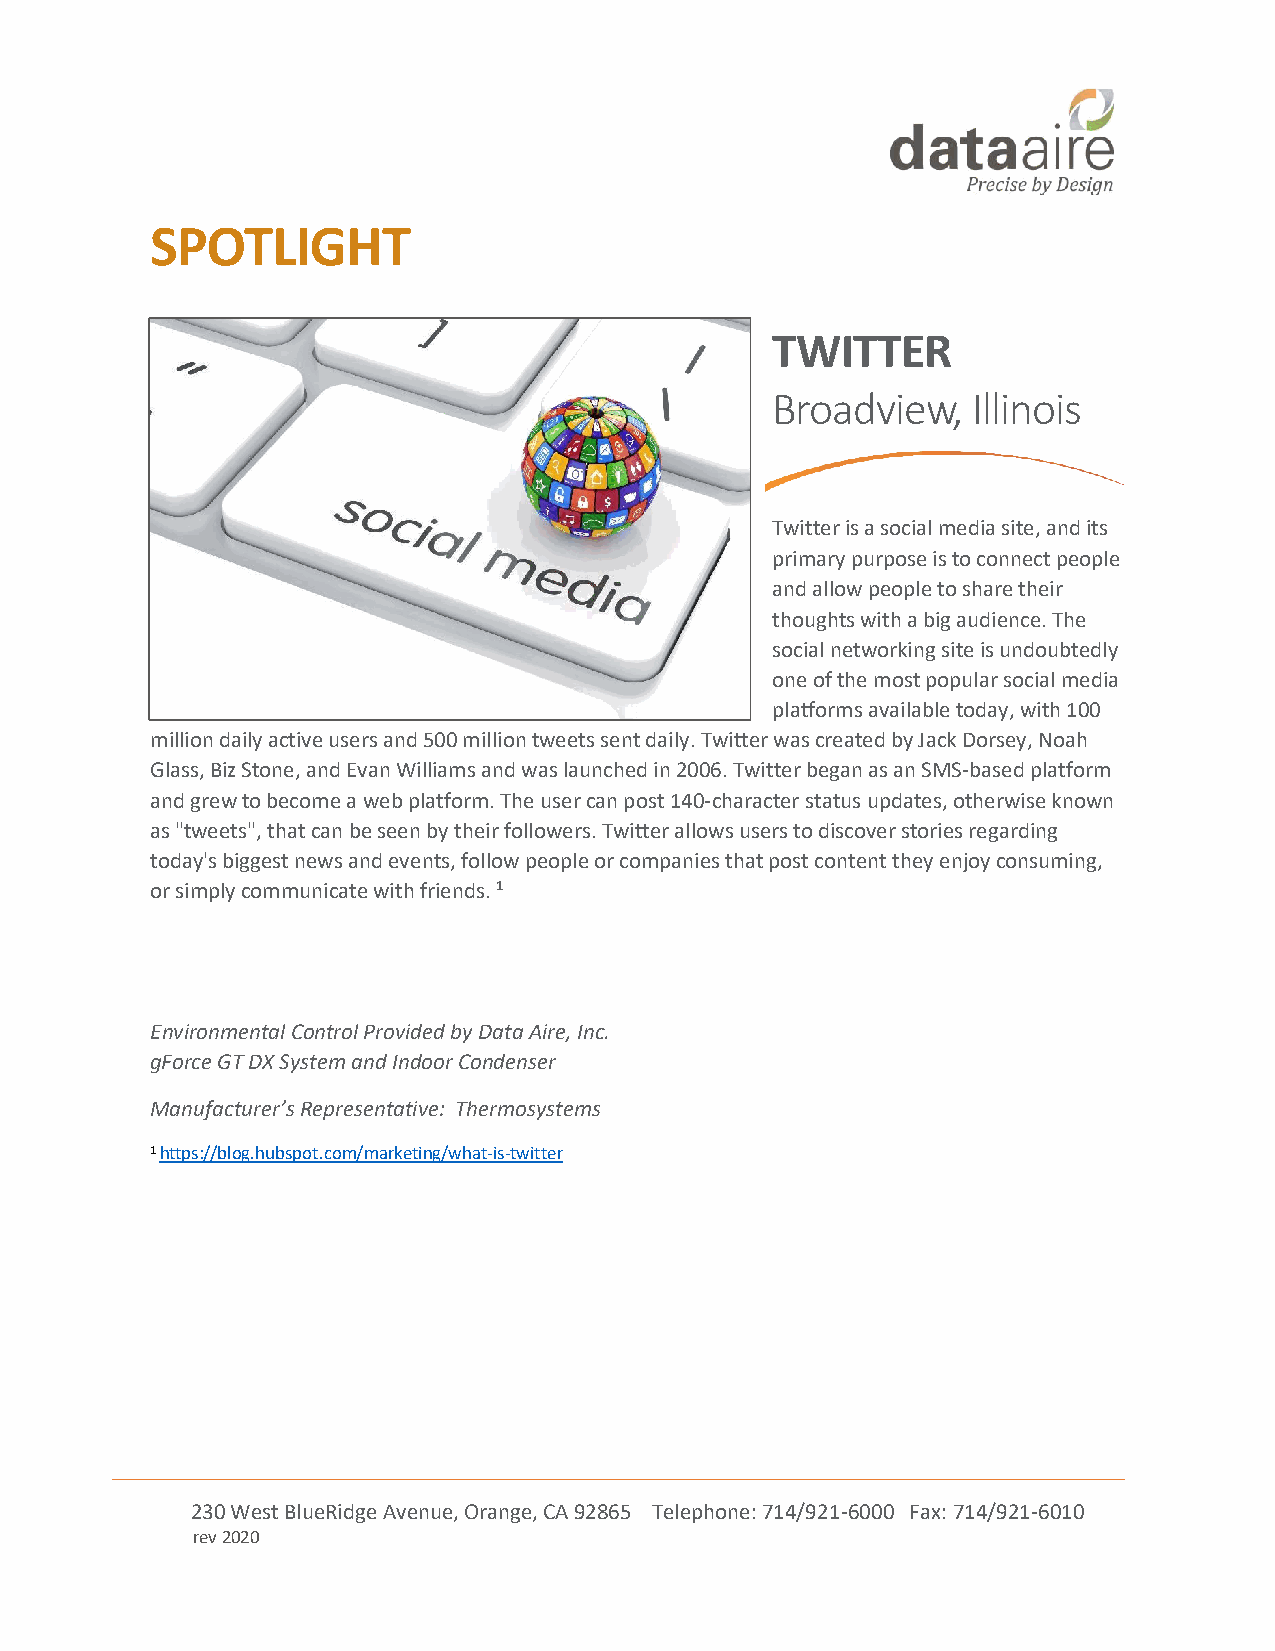
SPOTLIGHT
 TWITTER
 Broadview,   Illinois
 Twitter is a social media site, and its
 primary purpose is to connect people
 and allow people to share their
 thoughts with a big audience. The
 social networking site is undoubtedly
 one of the most popular social media
 platforms available today, with 100
 million daily active users and 500 million tweets sent daily. Twitter was created by Jack Dorsey, Noah
 Glass, Biz Stone, and Evan Williams and was launched in 2006. Twitter began as an SMS-based platform
 and grew to become a web platform. The user can post 140-character status updates, otherwise known
 as "tweets", that can be seen by their followers. Twitter allows users to discover stories regarding
 today's biggest news and events, follow people or companies that post content they enjoy consuming,
 or simply communicate with friends. 1
 Environmental Control Provided by Data Aire, Inc.
 gForce GT DX System and Indoor Condenser
 Manufacturer’s Representative: Thermosystems
 1 https://blog.hubspot.com/marketing/what-is-twitter
 230 West BlueRidge Avenue, Orange, CA 92865 Telephone: 714/921-6000 Fax: 714/921-6010
 rev 2020